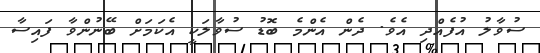
ސުވާލު އުފެއްދި އެވެ. ދެން އެންމެ ބޮޑު ސުވާލަކީ އެކަމަށް ބޭނުންވާ ފައިސާ